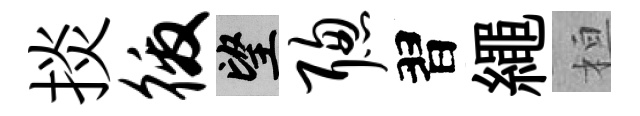
掞徼望聪習繩桓